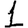
Digit: 1